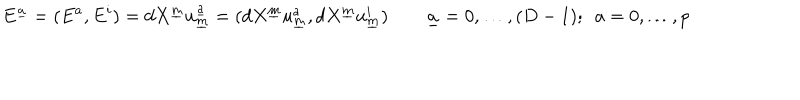
E ^ { \underline { { { a } } } } = ( E ^ { a } , E ^ { i } ) = d X ^ { \underline { { { m } } } } u _ { \underline { { { m } } } } ^ { \underline { { { a } } } } = ( d X ^ { \underline { { { m } } } } u _ { \underline { { { m } } } } ^ { a } , d X ^ { \underline { { { m } } } } u _ { \underline { { { m } } } } ^ { i } ) \qquad { \underline { { { a } } } = 0 , \ldots , ( D - 1 ) ; ~ ~ a = 0 , \ldots , p }